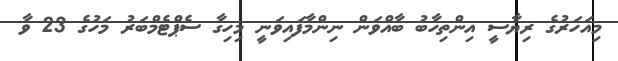
މިއަހަރުގެ ރިޔާސީ އިންތިހާބު ބާއްވަން ނިންމާފައިވަނީ މިހިގާ ސެޕްޓެމްބަރު މަހުގެ 23 ވާ